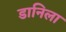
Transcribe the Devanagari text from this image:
डानिला